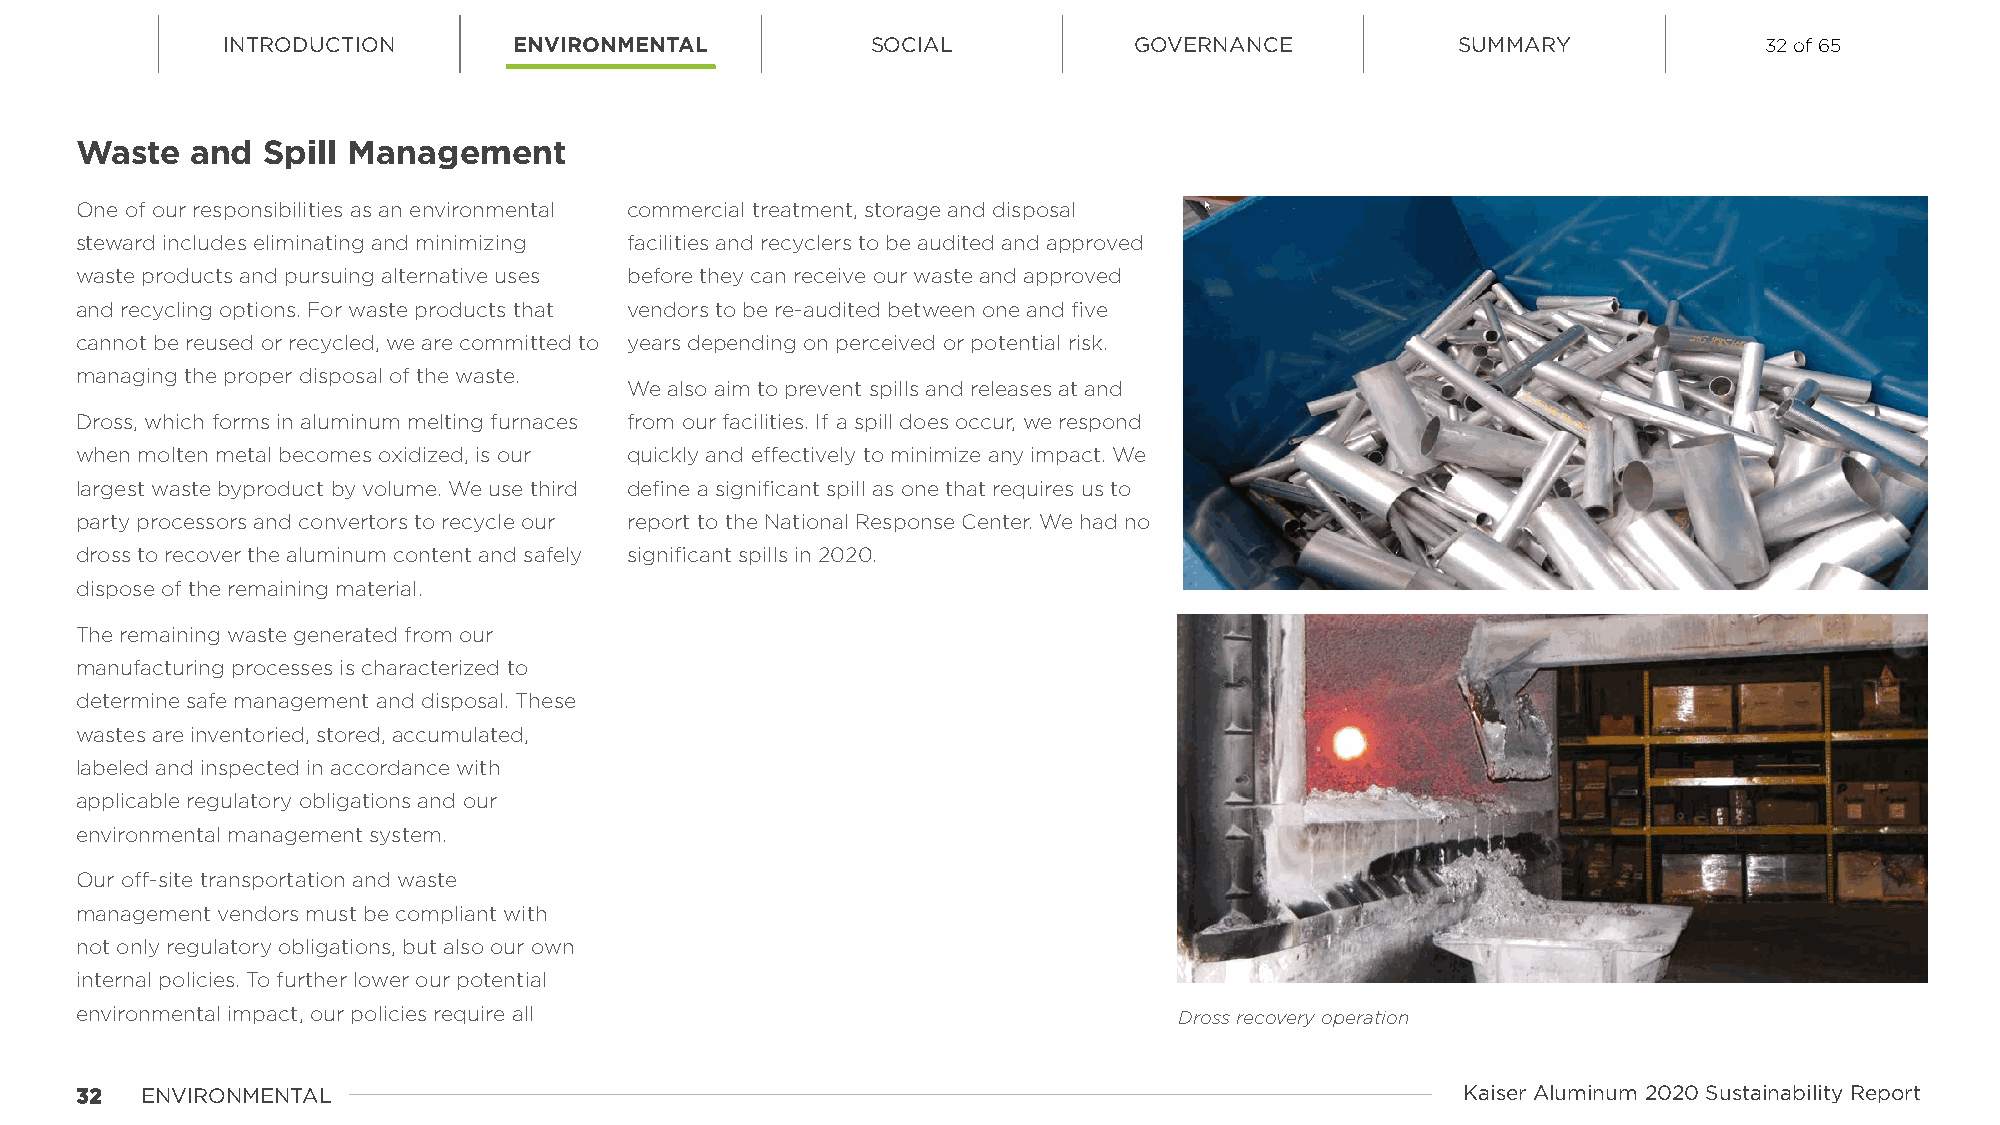
INTRODUCTION       ENVIRONMENTAL           SOCIAL           GOVERNANCE            SUMMARY             32 of 65
 Waste   and Spill Management
 One of our responsibilities as an environmental commercial treatment, storage and disposal
 steward includes eliminating and minimizing facilities and recyclers to be audited and approved
 waste products and pursuing alternative uses before they can receive our waste and approved
 and recycling options. For waste products that vendors to be re-audited between one and five
 cannot be reused or recycled, we are committed to years depending on perceived or potential risk.
 managing the proper disposal of the waste.
 We also aim to prevent spills and releases at and
 Dross, which forms in aluminum melting furnaces from our facilities. If a spill does occur, we respond
 when molten metal becomes oxidized, is our quickly and effectively to minimize any impact. We
 largest waste byproduct by volume. We use third define a significant spill as one that requires us to
 party processors and convertors to recycle our report to the National Response Center. We had no
 dross to recover the aluminum content and safely significant spills in 2020.
 dispose of the remaining material.
 The remaining waste generated from our
 manufacturing processes is characterized to
 determine safe management and disposal. These
 wastes are inventoried, stored, accumulated,
 labeled and inspected in accordance with
 applicable regulatory obligations and our
 environmental management system.
 Our off-site transportation and waste
 management vendors must be compliant with
 not only regulatory obligations, but also our own
 internal policies. To further lower our potential
 environmental impact, our policies require all                           Dross recovery operation
 3322 ENVIRONMENTAL                                                                          Kaiser Aluminum 2020 Sustainability Report